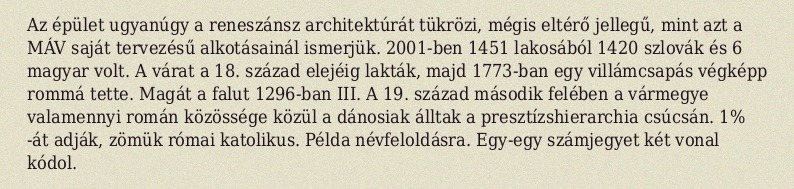
Az épület ugyanúgy a reneszánsz architektúrát tükrözi, mégis eltérő jellegű, mint azt a MÁV saját tervezésű alkotásainál ismerjük. 2001-ben 1451 lakosából 1420 szlovák és 6 magyar volt. A várat a 18. század elejéig lakták, majd 1773-ban egy villámcsapás végképp rommá tette. Magát a falut 1296-ban III. A 19. század második felében a vármegye valamennyi román közössége közül a dánosiak álltak a presztízshierarchia csúcsán. 1% -át adják, zömük római katolikus. Példa névfeloldásra. Egy-egy számjegyet két vonal kódol.